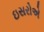
ઇસરોએ